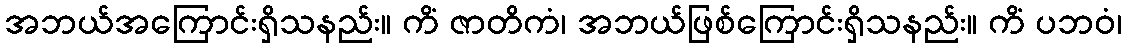
အဘယ်အကြောင်းရှိသနည်း။ ကိံ ဇာတိကံ၊ အဘယ်ဖြစ်ကြောင်းရှိသနည်း။ ကိံ ပဘဝံ၊